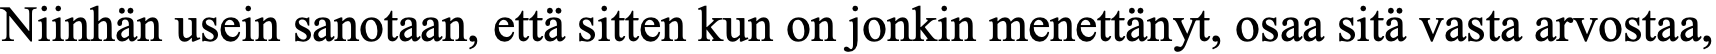
Niinhän usein sanotaan, että sitten kun on jonkin menettänyt, osaa sitä vasta arvostaa,